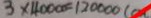
3 \times 4 0 0 0 0 = 1 2 0 0 0 0 ( c m